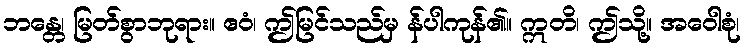
ဘန္တေ၊ မြတ်စွာဘုရား။ ဧဝံ၊ ဤမြင်သည်မှ န်ပါကုန်၏။ ဣတိ၊ ဤသို့။ အဝေါစုံ၊